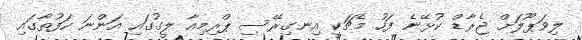
ލިވަޕޫލަށް ޖެރާޑް ކުޅޭނެ ފަހު މެޗަކީ އިނގިރޭސި ޕްރިމިއާ ލީގުގައި އަންނަ ހަފުތާގައި